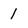
Character: 1